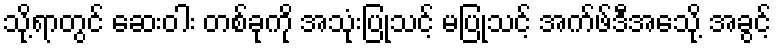
သို့ရာတွင် ဆေးဝါး တစ်ခုကို အသုံးပြုသင့် မပြုသင့် အက်ဖ်ဒီအေသို့ အခွင့်